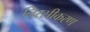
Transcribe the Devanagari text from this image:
निरस्रीकरण